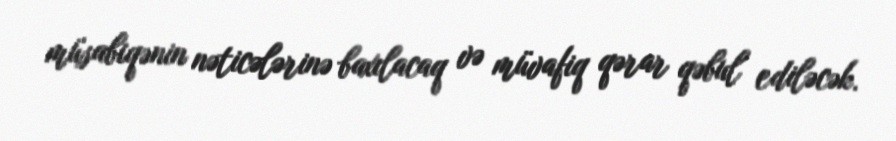
müsabiqənin nəticələrinə baxılacaq və müvafiq qərar qəbul ediləcək.